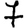
Digit: 7